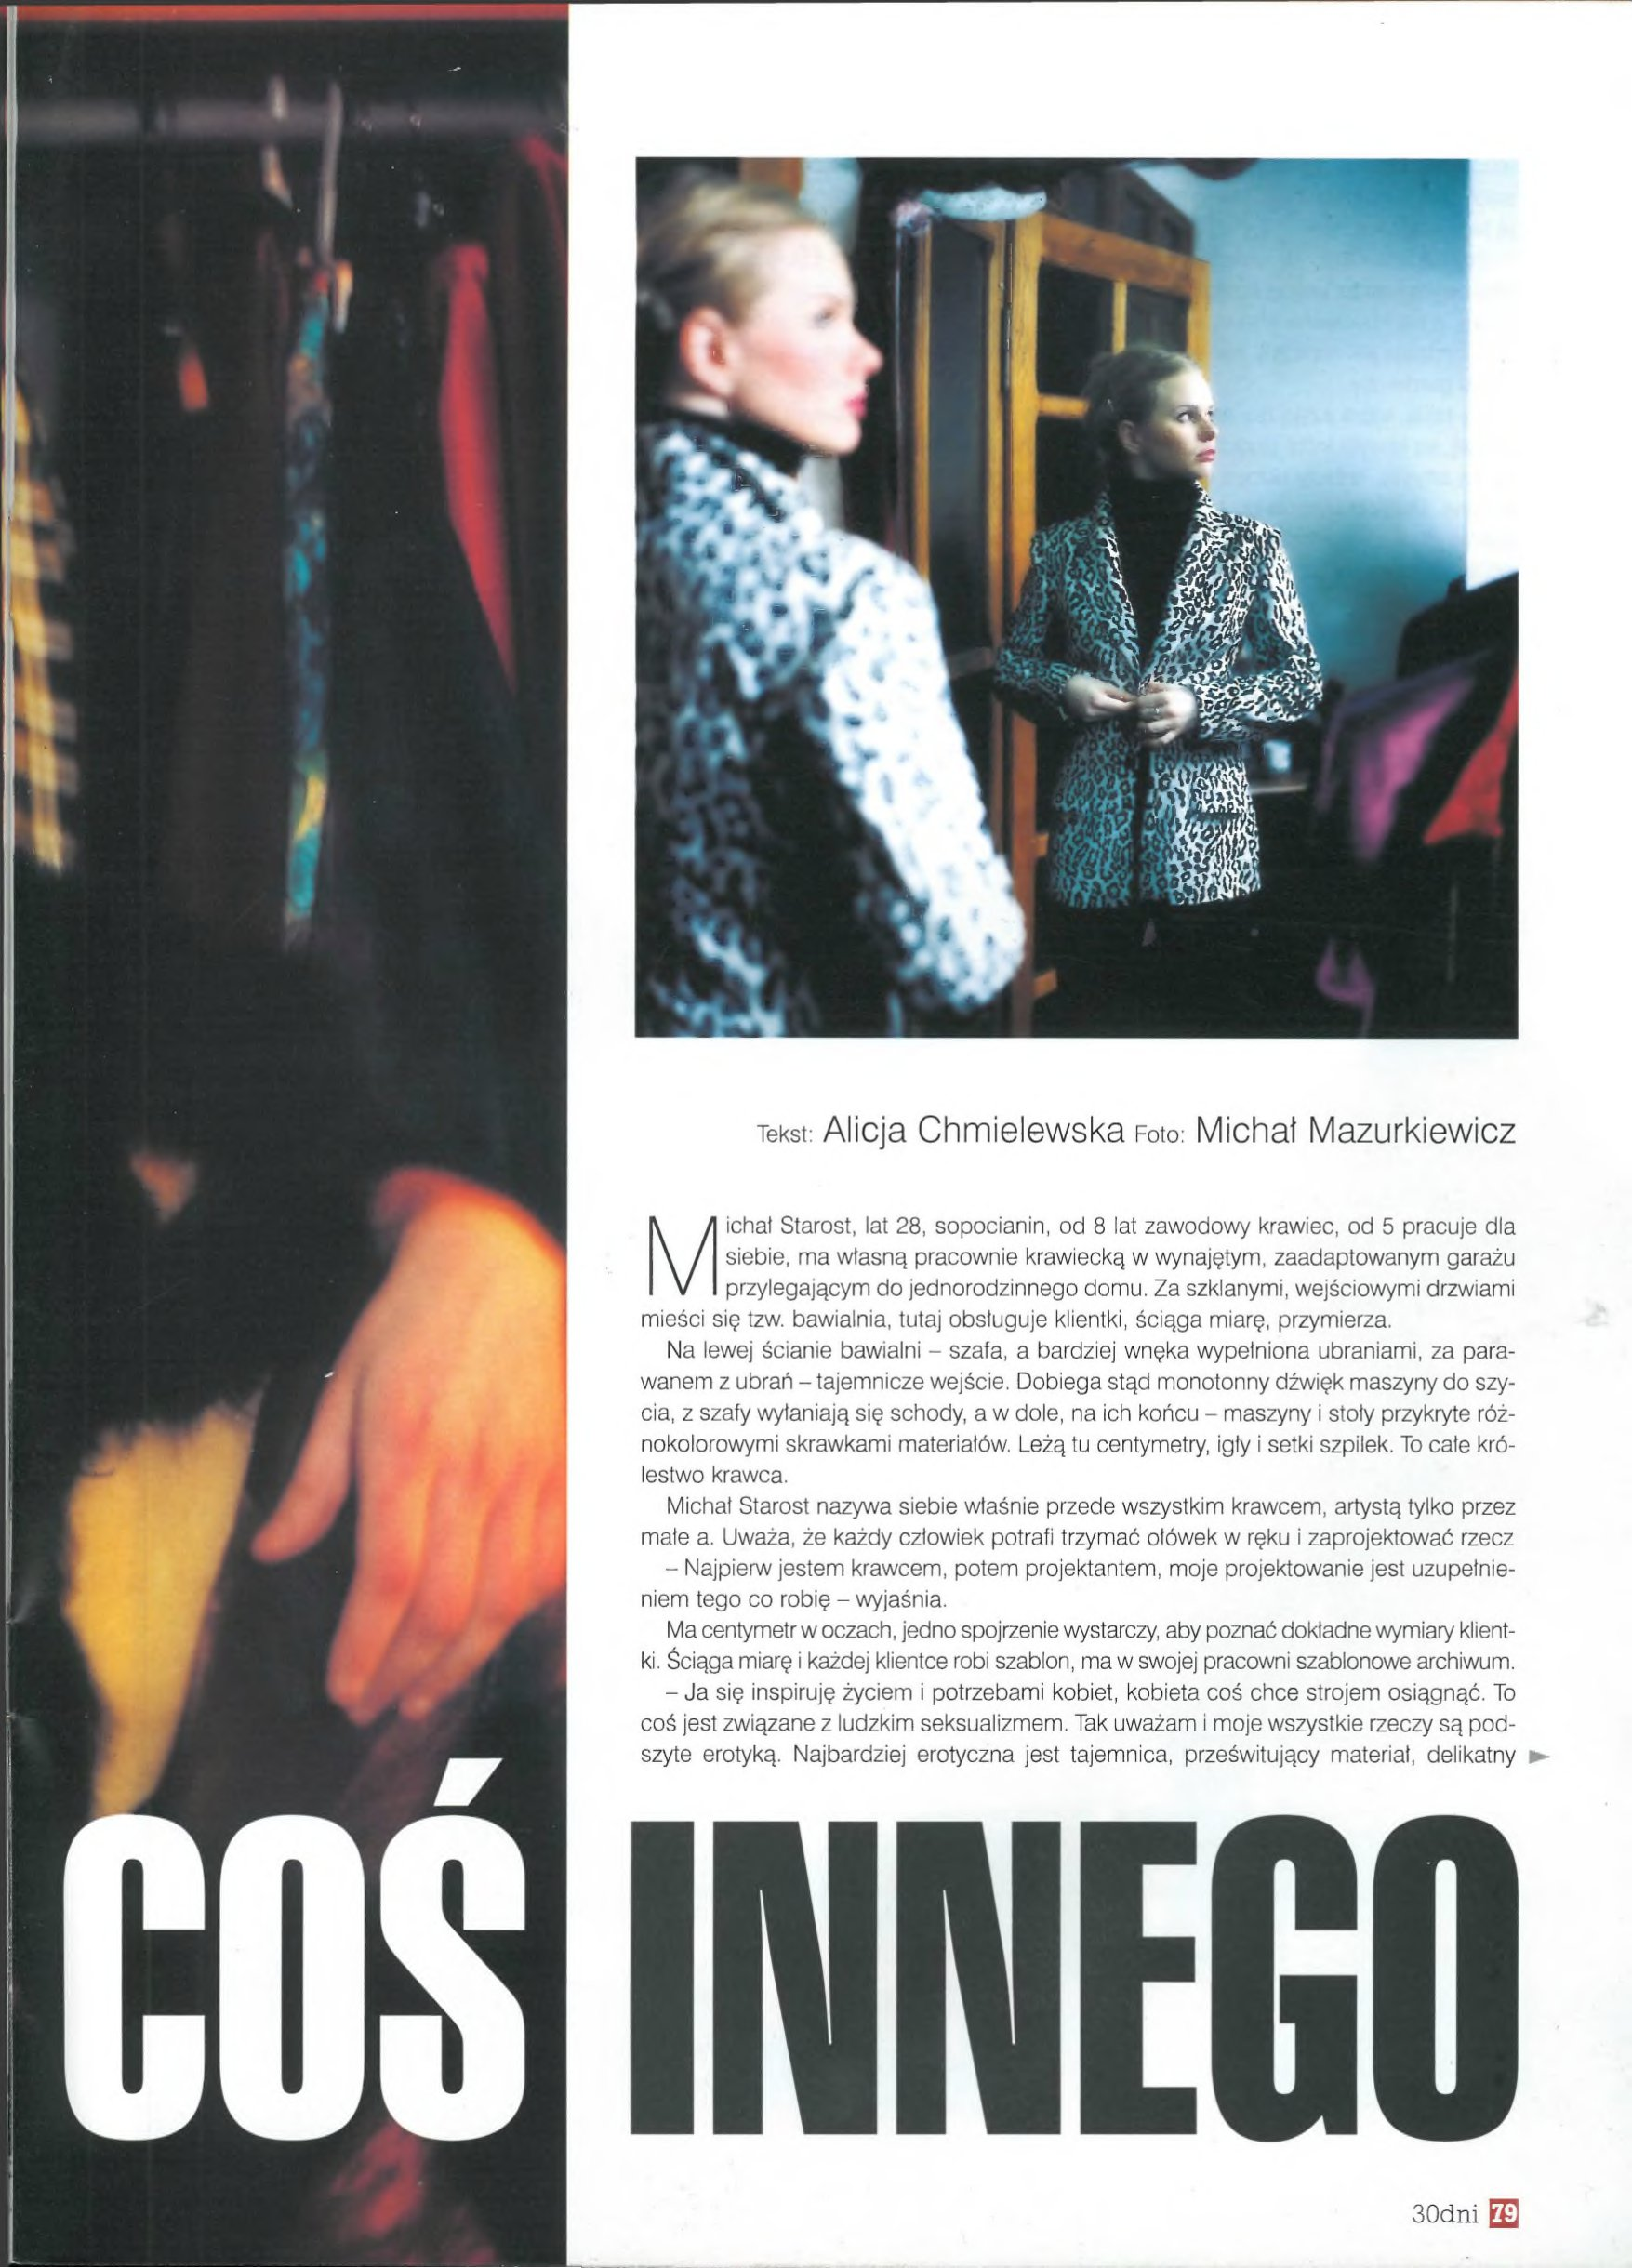
Language: pl